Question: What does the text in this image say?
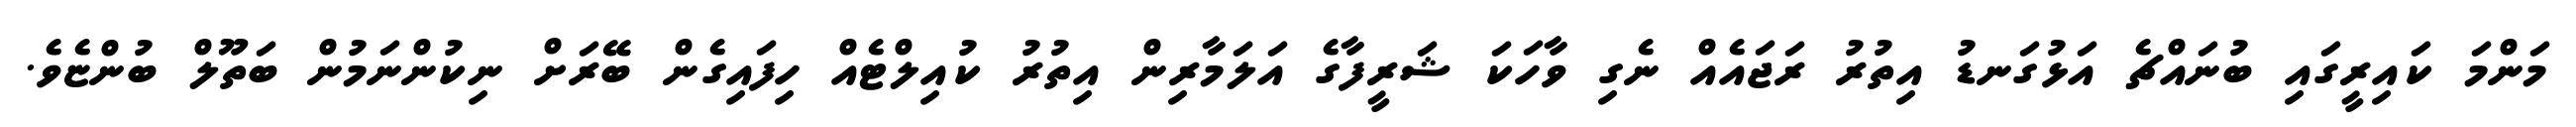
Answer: މަންމަ ކައިރީގައި ބުނައްޗެ އަޅުގަނޑު އިތުރު ރަޖައެއް ނެގި ވާހަކަ ޝަރީފާގެ އަލަމާރިން އިތުރު ކުއިލްޓެއް ހިފައިގެން ބޭރަށް ނިކުންނަމުން ބަތޫލް ބުންޏެވެ.